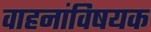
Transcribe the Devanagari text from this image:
वाहनांविषयक